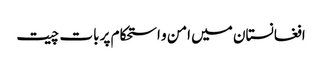
افغانستان میں امن و استحکام پر بات چیت